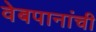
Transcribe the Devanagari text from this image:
वेबपानांची